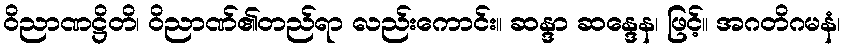
ဝိညာဏဋ္ဌိတိ၊ ဝိညာဏ်၏တည်ရာ လည်းကောင်း။ ဆန္ဒာ ဆန္ဒေန၊ ဖြင့်။ အဂတိဂမနံ၊